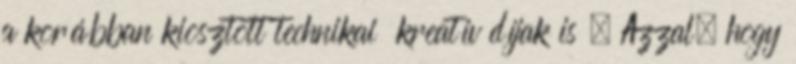
a korábban kiosztott technikai kreatív díjak is . Azzal, hogy